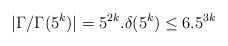
\begin{align*}|\Gamma/\Gamma(5^k)|=5^{2k}.\delta(5^k)\leq 6.5^{3k}\end{align*}